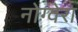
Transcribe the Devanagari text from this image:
नोग्वेरा